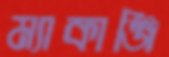
ম্যাকাঞ্জি